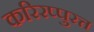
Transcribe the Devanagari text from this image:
करिरप्पुरत्त